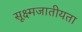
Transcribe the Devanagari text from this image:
सूक्ष्मजातीयता